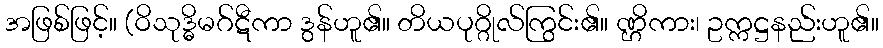
အဖြစ်ဖြင့်။ (ဝိသုဒ္ဓိမဂ်ဋီကာ ဒွန်ဟူ၏။ တိယပုဂ္ဂိုလ်ကြွင်း၏။ ဏ္ဌိကား၊ ဥက္ကဋ္ဌနည်းဟူ၏။